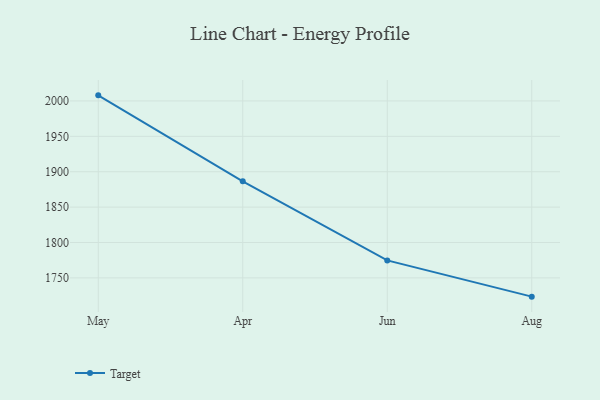
{"axis": {"x": "Month", "y": "Satisfaction Score"}, "legend": ["Target"], "data": [{"x": "May", "y": 2007.9, "type": "Target"}, {"x": "Apr", "y": 1886.5, "type": "Target"}, {"x": "Jun", "y": 1774.7, "type": "Target"}, {"x": "Aug", "y": 1723.5, "type": "Target"}]}